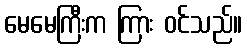
မေမေကြီးက ကြား ဝင်သည်။